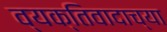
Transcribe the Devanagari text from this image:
व्यक्तिवादाच्या